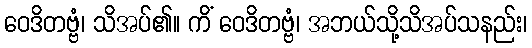
ဝေဒိတဗ္ဗံ၊ သိအပ်၏။ ကိံ ဝေဒိတဗ္ဗံ၊ အဘယ်သို့သိအပ်သနည်း၊